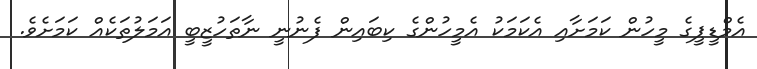
އެމްޑީޕީގެ މީހުން ކަމަށާއި އެކަމަކު އެމީހުންގެ ކިބައިން ފެނުނީ ނާތަހުޒީބީ އަމަލުތަކެއް ކަމަށެވެ.